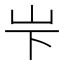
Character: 𪨢